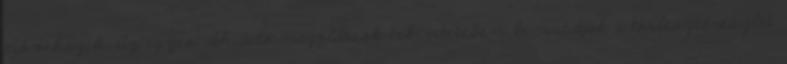
növekszik. Az egyes áthidaló megoldások tekintetében bemutatják a törlesztőrészlet